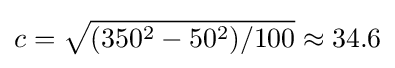
c={\sqrt {(350^{2}-50^{2})/100}}\approx 34.6